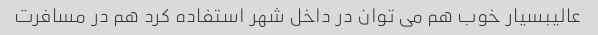
عالیبسیار خوب هم می توان در داخل شهر استفاده کرد هم در مسافرت